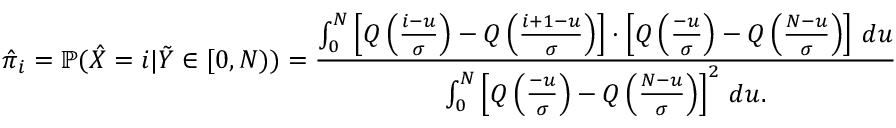
\hat { \pi } _ { i } = \mathbb { P } ( \hat { X } = i | \tilde { Y } \in [ 0 , N ) ) = \frac { \int _ { 0 } ^ { N } \left[ Q \left( \frac { i - u } { \sigma } \right) - Q \left( \frac { i + 1 - u } { \sigma } \right) \right] \cdot \left[ Q \left( \frac { - u } { \sigma } \right) - Q \left( \frac { N - u } { \sigma } \right) \right] \, d u } { \int _ { 0 } ^ { N } \left[ Q \left( \frac { - u } { \sigma } \right) - Q \left( \frac { N - u } { \sigma } \right) \right] ^ { 2 } \, d u . }